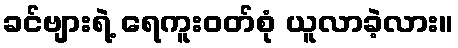
ခင်ဗျားရဲ့ ရေကူးဝတ်စုံ ယူလာခဲ့လား။